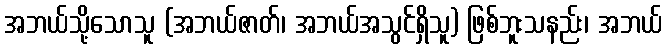
အဘယ်သို့သောသူ (အဘယ်ဇာတ်၊ အဘယ်အသွင်ရှိသူ) ဖြစ်ဘူးသနည်း၊ အဘယ်